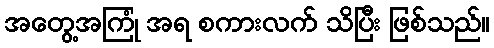
အတွေ့အကြုံ အရ စကားလက် သိပြီး ဖြစ်သည်။